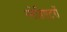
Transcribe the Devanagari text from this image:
ग्लेडिएटरों